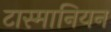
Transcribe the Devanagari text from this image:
टास्मानियन